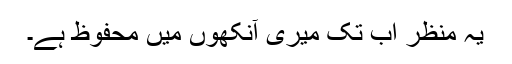
یہ منظر اب تک میری آنکھوں میں محفوظ ہے۔